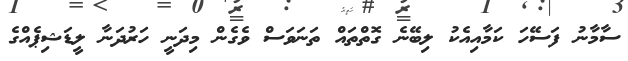
ސާމާނު ފަސޭހަ ކަމާއިއެކު ލިބޭނެ ގޮތްތައް ތަނަވަސް ވެގެން މިދަނީ ހަރުދަނާ ލީޑަޝިޕެއްގެ